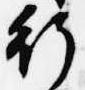
行